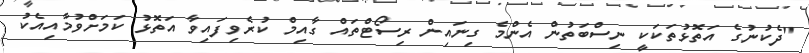
"ދެކުނުގެ އަތޮޅުތަކަކީ ނިސްބަތުން އެންމެ ގިނައިން ރިސޯޓްތައް ގާއިމް ކުރެވިފައިވާ އަތޮޅު ކަމަށްވުމާއިއެކު